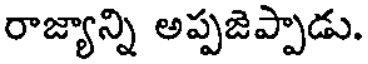
రాజ్యాన్ని అప్పజెప్పాడు.